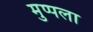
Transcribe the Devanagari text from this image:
मुप्पला